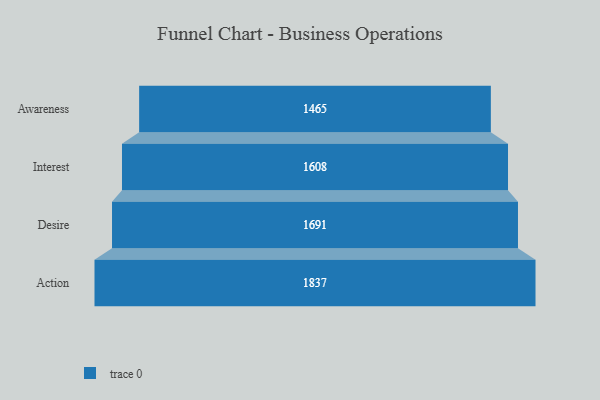
{"axis": {"x": "Stage", "y": "Value"}, "legend": [""], "data": [{"x": "Awareness", "y": 1465.0, "type": ""}, {"x": "Interest", "y": 1608.0, "type": ""}, {"x": "Desire", "y": 1691.0, "type": ""}, {"x": "Action", "y": 1837.0, "type": ""}]}